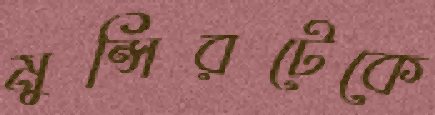
মুন্সিরটেকে